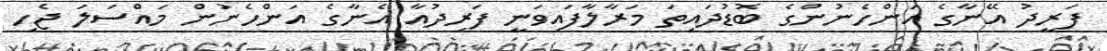
ފަރީދު އޭނާގެ އަންހެނުންގެ ބޮޑުދައިތަ މަރާލާފައިވަނީ ފަރިދުއާ އެނާގެ އަންހެނުން މައްސަލަ ޖެހި